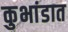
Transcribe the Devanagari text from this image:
कुभांडात